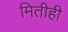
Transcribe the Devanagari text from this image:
मितीही